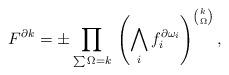
LaTeX: \begin{gather*} F^{\partial k} = \pm \prod_{\sum \Omega = k} \, \left( \bigwedge_i f_i^{\partial \omega_i} \right)^{\binom{k}{\Omega}}, \end{gather*}